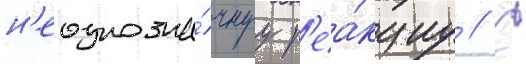
н'еоднозна́чнуу р'еа́кциу // С